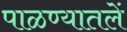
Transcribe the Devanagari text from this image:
पाळण्यातलें